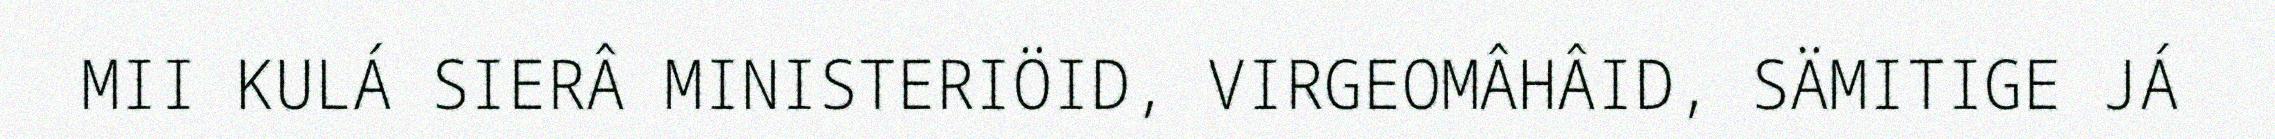
MII KULÁ SIERÂ MINISTERIÖID, VIRGEOMÂHÂID, SÄMITIGE JÁ